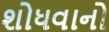
શોધવાનો